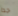
جدا